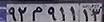
۹۲م۹۱۱۱۳